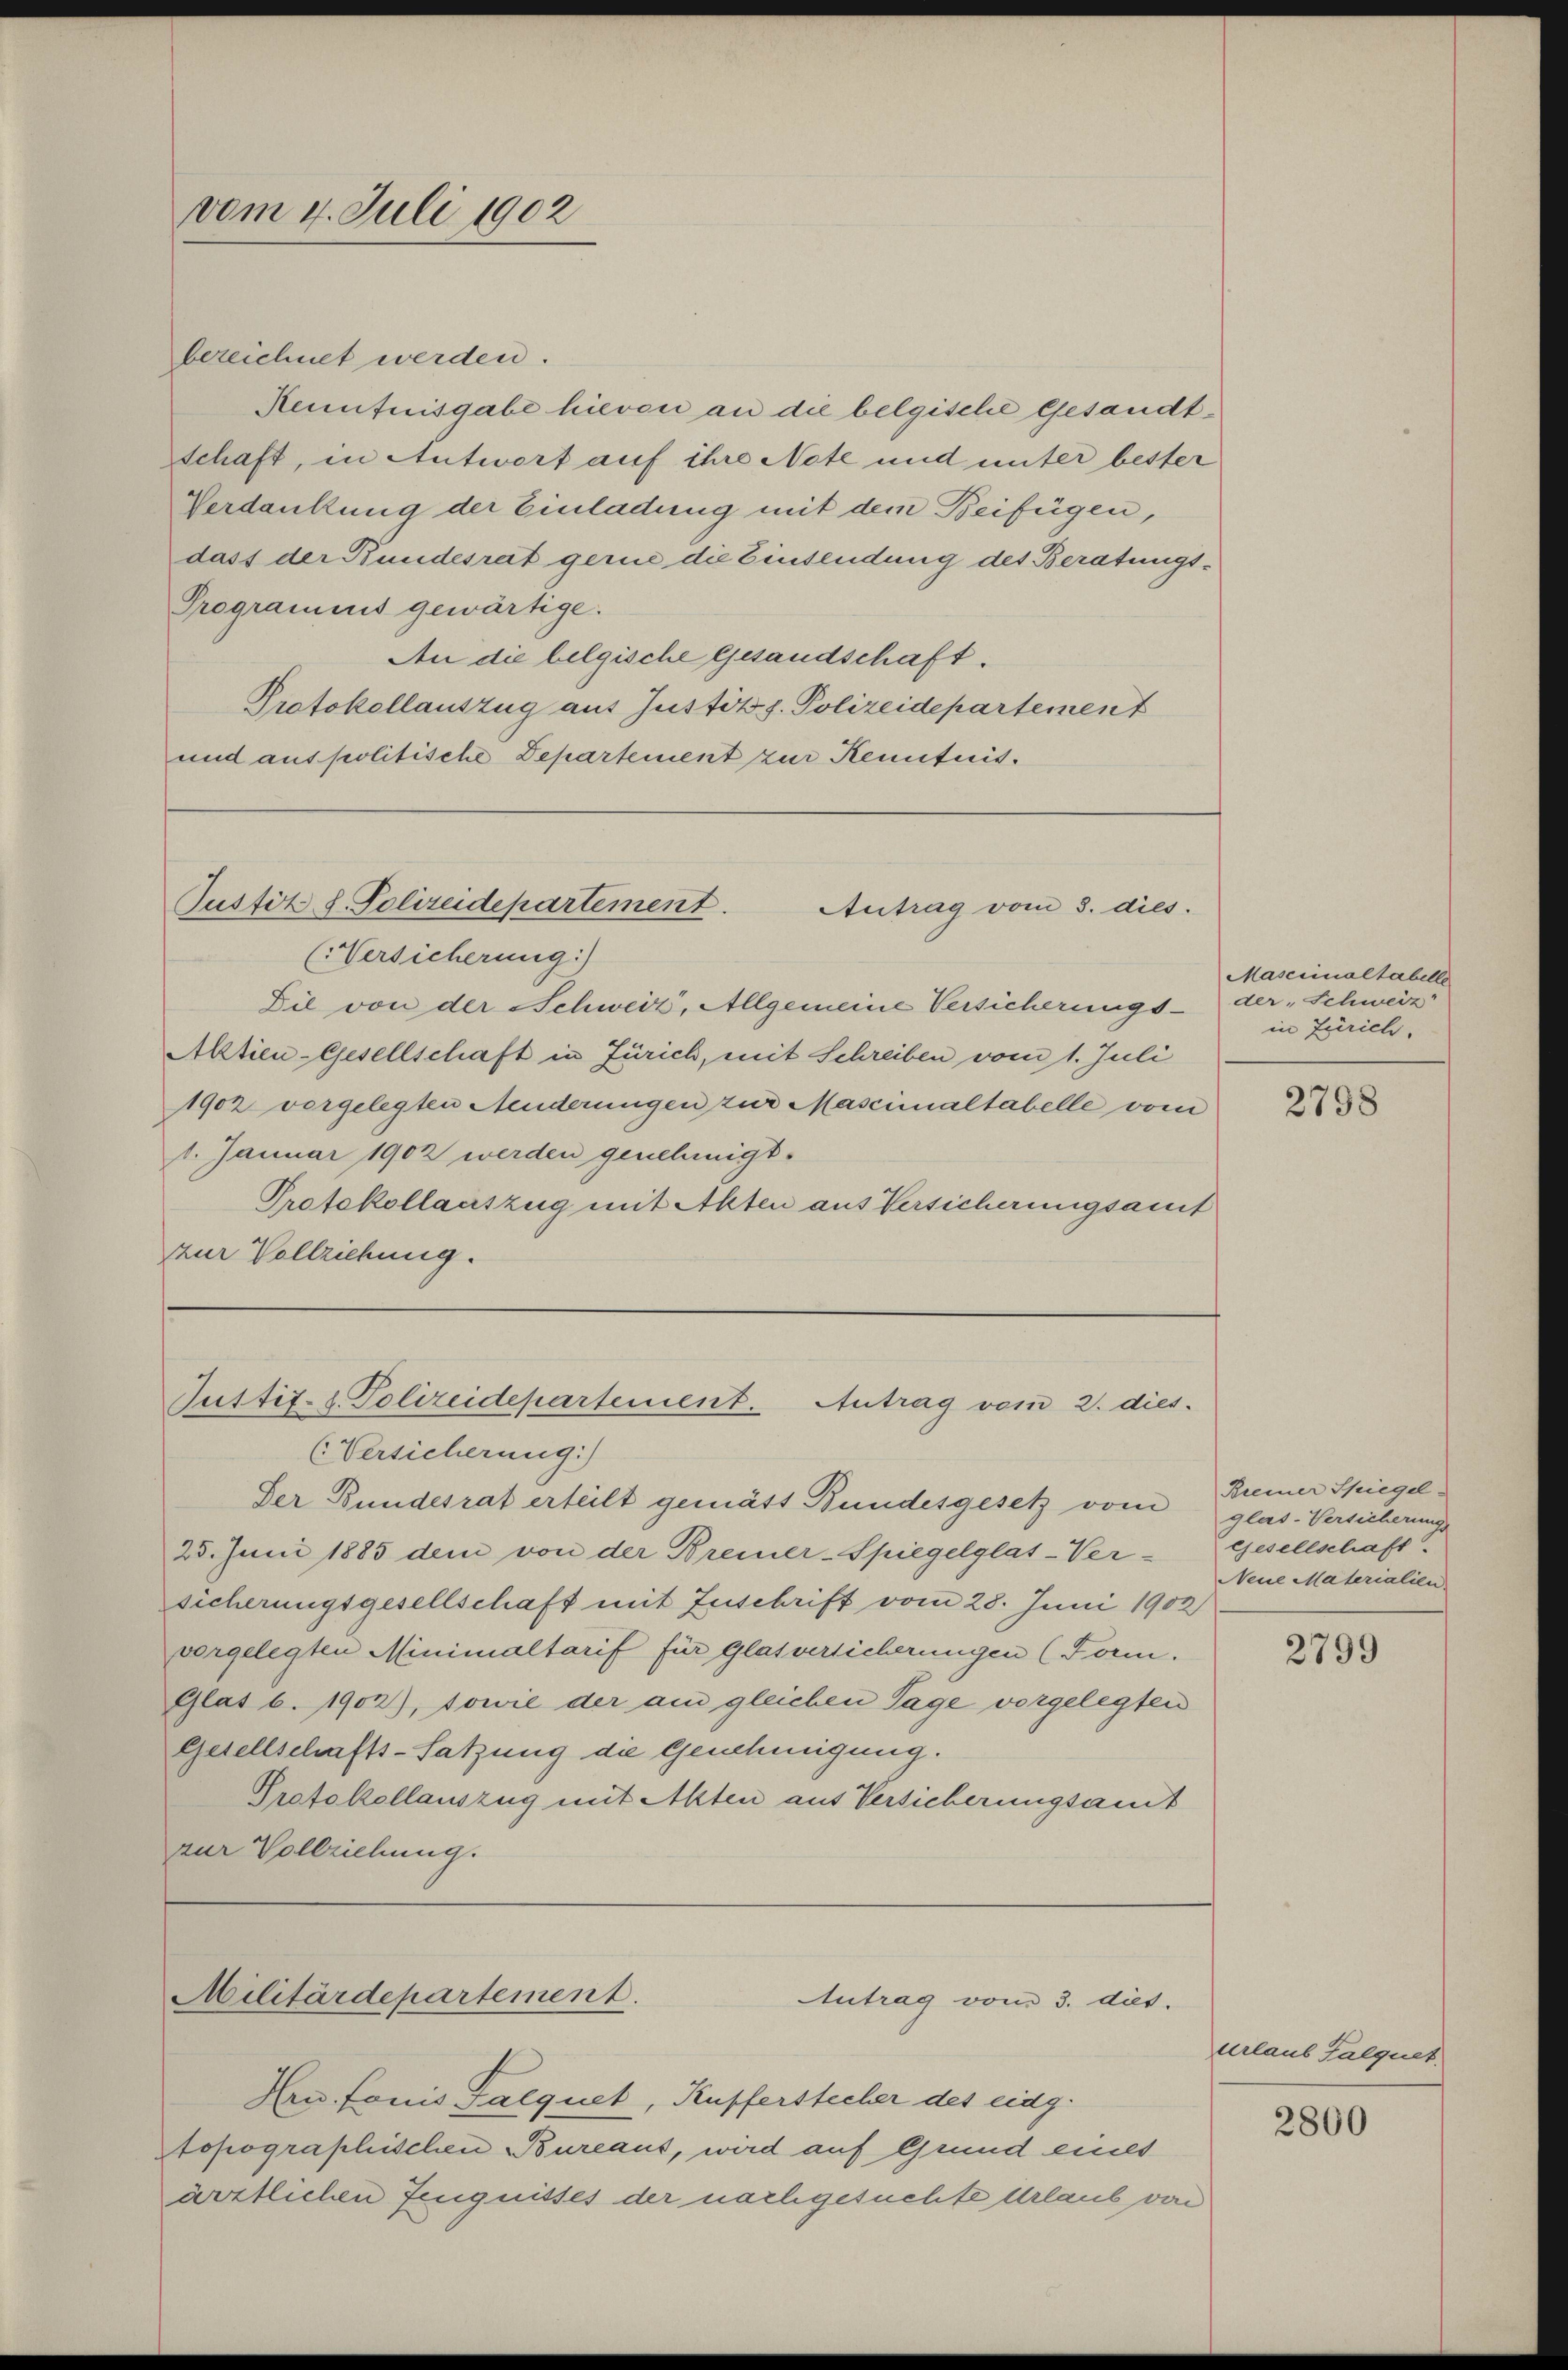
vom 4. Juli 1902

bezeichnet werden.
Renntnisgabe hievon an die belgische Gesandtschaft, in Antwort auf ihre Note und unter bester
Verdankung der Einladung mit dem Beifügen,
dass der Bundesrat gerne die Einsendung des Beratungs-
Programms gewärtige.
An die belgische Gesandschaft.
Protokollauszug aus Justiz z. Polizeidepartement
und aus politische Departement zur Kenntnis.

Die von der Schweiz, Allgemeine Versicherungs¬
Aktien-Gesellschaft in Zürich, mit Schreiben vom 1. Juli
1902 vorgelegten Aenderungen zur Mascinaltabelle von
1. Januar 1902 werden genehmigt.
Protokollauszug mit Alten aus Versicherungsant
zur Vollziehung.

Justiz L. Polizeidepartement.
Antrag vom 8. dies.
(NVersicherung)

Justiz- & Polizeidepartement.
Antrag vom 2. dies.
(Versicherung.)

Der Bundesrat erteilt gemätt Bundesgesetz vom
25. Juni 1885 dem von der Bremer-Spiegelglas-Ver-
sicherungsgesellschaft mit Zuschrift vom 28. Juni 1902
vorgelegten Minimaltarif für glatverlicherungen (Forn.
Glat 6. 1902), sowie der am gleichen Tage vorgelegten
Gesellschafts-Satzung die Genehmigung.
Protokollauszug mit Alten aus Versicherungsamt
zur Vollziehung.

Militärdepartement.
Antrag vom 3. dies.

Hrn. Louis Falquet, Kufferstecher des eidg.
Stopographischen Bureaus, wird auf Grund eines
ärztlichen Zeugnisses der nachgesuchte Urlaub verei

Masccinaltabelle
der „Schweiz
in Zürich.

2798

Breiner Spiegel-
glas-Versicherungs
Gesellschaft.
Neue Materialien

2799

urlaub Falquet

2800